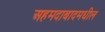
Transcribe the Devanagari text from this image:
अहमदाबादमधील